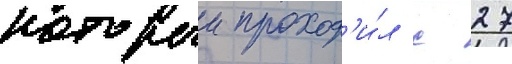
которыи проход'и́л с 27